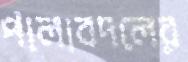
পালাবদলের